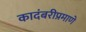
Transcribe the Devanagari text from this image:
कादंबरीप्रमाणे